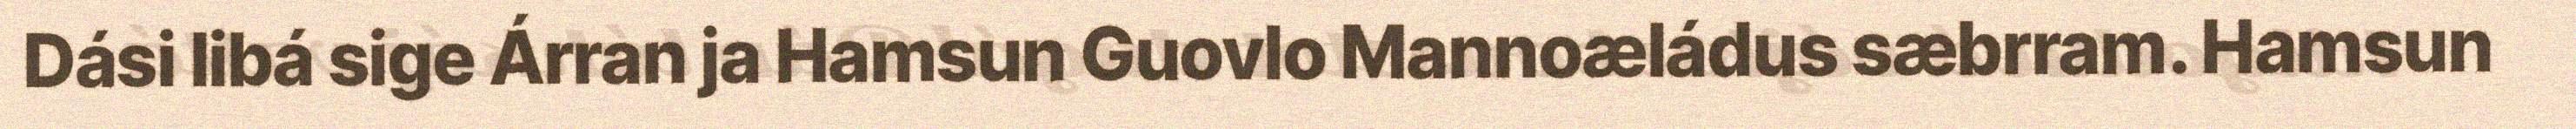
Dási libá sige Árran ja Hamsun Guovlo Mannoæládus sæbrram. Hamsun